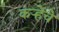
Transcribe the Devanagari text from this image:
कर्‍हेचे